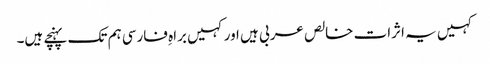
کہیں یہ اثرات خالص عربی ہیں اورکہیں براہِ فارسی ہم تک پہنچے ہیں۔